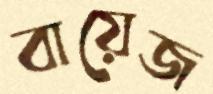
বায়েজ